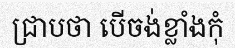
ជ្រាបថា បើចង់ខ្លាំងកុំ